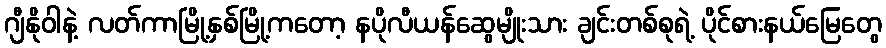
ဂျီနိုဝါနဲ့ လတ်ကာမြို့နှစ်မြို့ကတော့ နပိုလီယန်ဆွေမျိုးသား ချင်းတစ်စုရဲ့ ပိုင်စားနယ်မြေတွေ